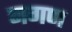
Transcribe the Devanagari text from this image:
नगण